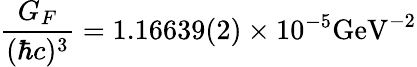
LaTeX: \frac{G_{F}}{(\hbar c)^{3}}=1.16639(2)\times 10^{-5}\mathrm{GeV}^{-2}